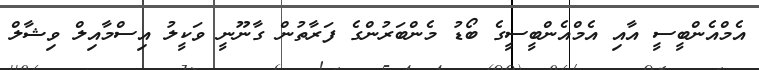
އެމްއެންބީސީ އާއި އެމްއެންބީސީގެ ބޯޑު މެންބަރުންގެ ފަރާތުން ގާނޫނީ ވަކީލު އިސްމާއިލް ވިޝާލް